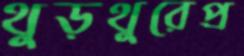
থুড়থুরেপ্র